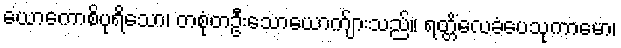
ယောကောစိပုရိသော၊ တစုံတဦးသောယောက်ျားသည်။ ရတ္တိံလေခံပေသုကာမော၊